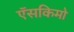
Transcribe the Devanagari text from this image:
ऍसकिमो